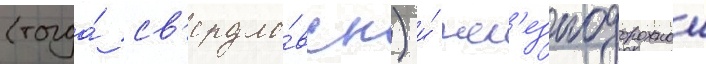
(тогда́ св'ердло́вск) и́ жел'езнодорожнои